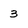
Character: 3